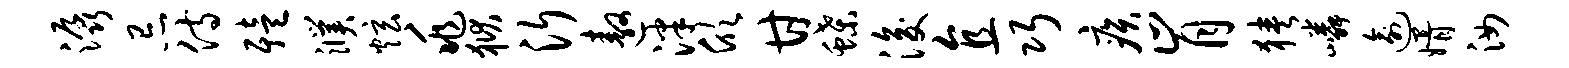
潺忌侍殪濮炫兆狱沂遨泮欣甘蝶浚直巧疾肯狭嶙逾婿汝